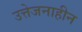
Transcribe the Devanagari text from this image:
उत्तेजनाहीन